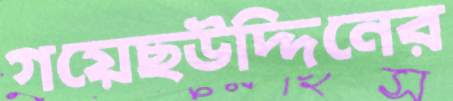
গয়েছউদ্দিনের